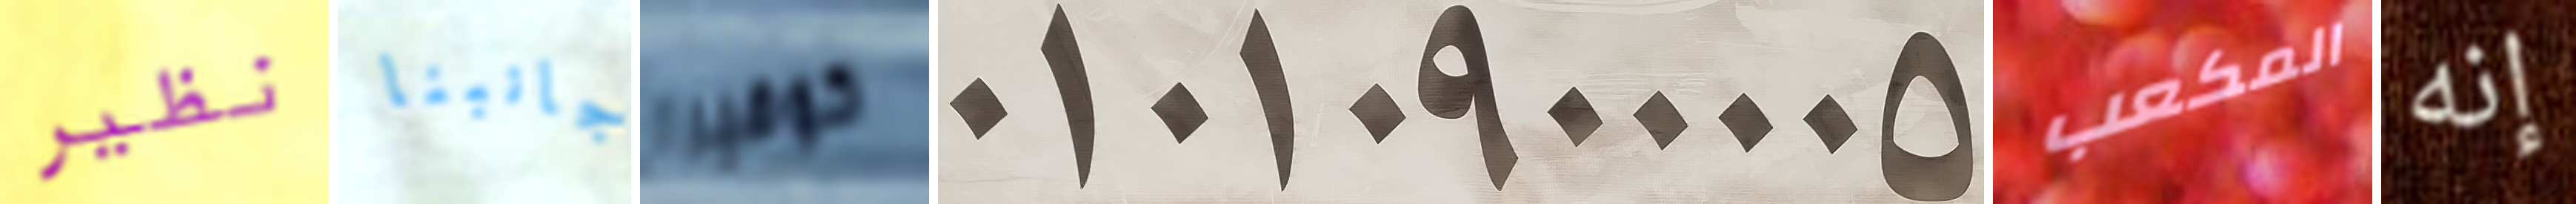
نظير جانبنا كوفيرا 01010900005 المكعب إنه